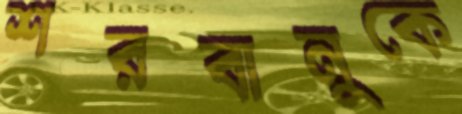
শরবানুকে